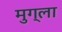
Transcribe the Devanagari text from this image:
मुग्ला